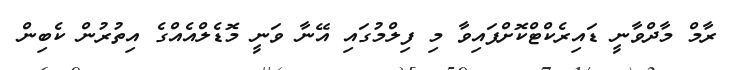
ރާމް މާދްވާނީ ޑައިރެކްޓްކޮށްފައިވާ މި ފިލްމުގައި އޭނާ ވަނީ މޮޑެލްއެއްގެ އިތުރުން ކެބިން